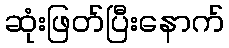
ဆုံးဖြတ်ပြီးနောက်